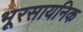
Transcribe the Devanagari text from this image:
भूरसायनिक